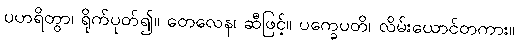
ပဟရိတွာ၊ ရိုက်ပုတ်၍။ တေလေန၊ ဆီဖြင့်။ ပက္ခေပတိ၊ လိမ်းယောင်တကား။